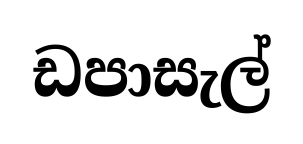
ඩපාසැල්